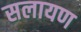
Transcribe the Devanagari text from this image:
सलायण